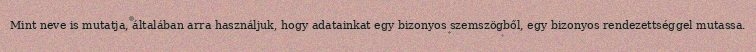
Mint neve is mutatja, általában arra használjuk, hogy adatainkat egy bizonyos szemszögből, egy bizonyos rendezettséggel mutassa.